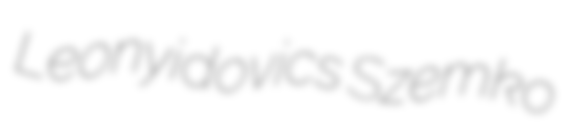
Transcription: Leonyidovics Szemko